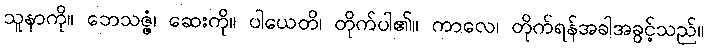
သူနာကို။ ဘေသဇ္ဇံ၊ ဆေးကို။ ပါယေတိ၊ တိုက်ပါ၏။ ကာလေ၊ တိုက်ရန်အခါအခွင့်သည်။